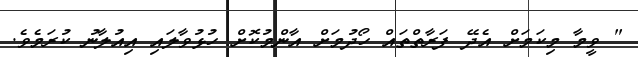
" ވީމާ މިކަމަށް އެދޭ ފަރާތްތައް ހޯދުމަށް އާންމުކޮށް ހުޅުވާލައި އިއުލާނު ކުރަމެވެ.